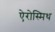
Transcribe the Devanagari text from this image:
ऐरोस्मिथ